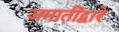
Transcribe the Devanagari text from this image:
जमातींद्वारे